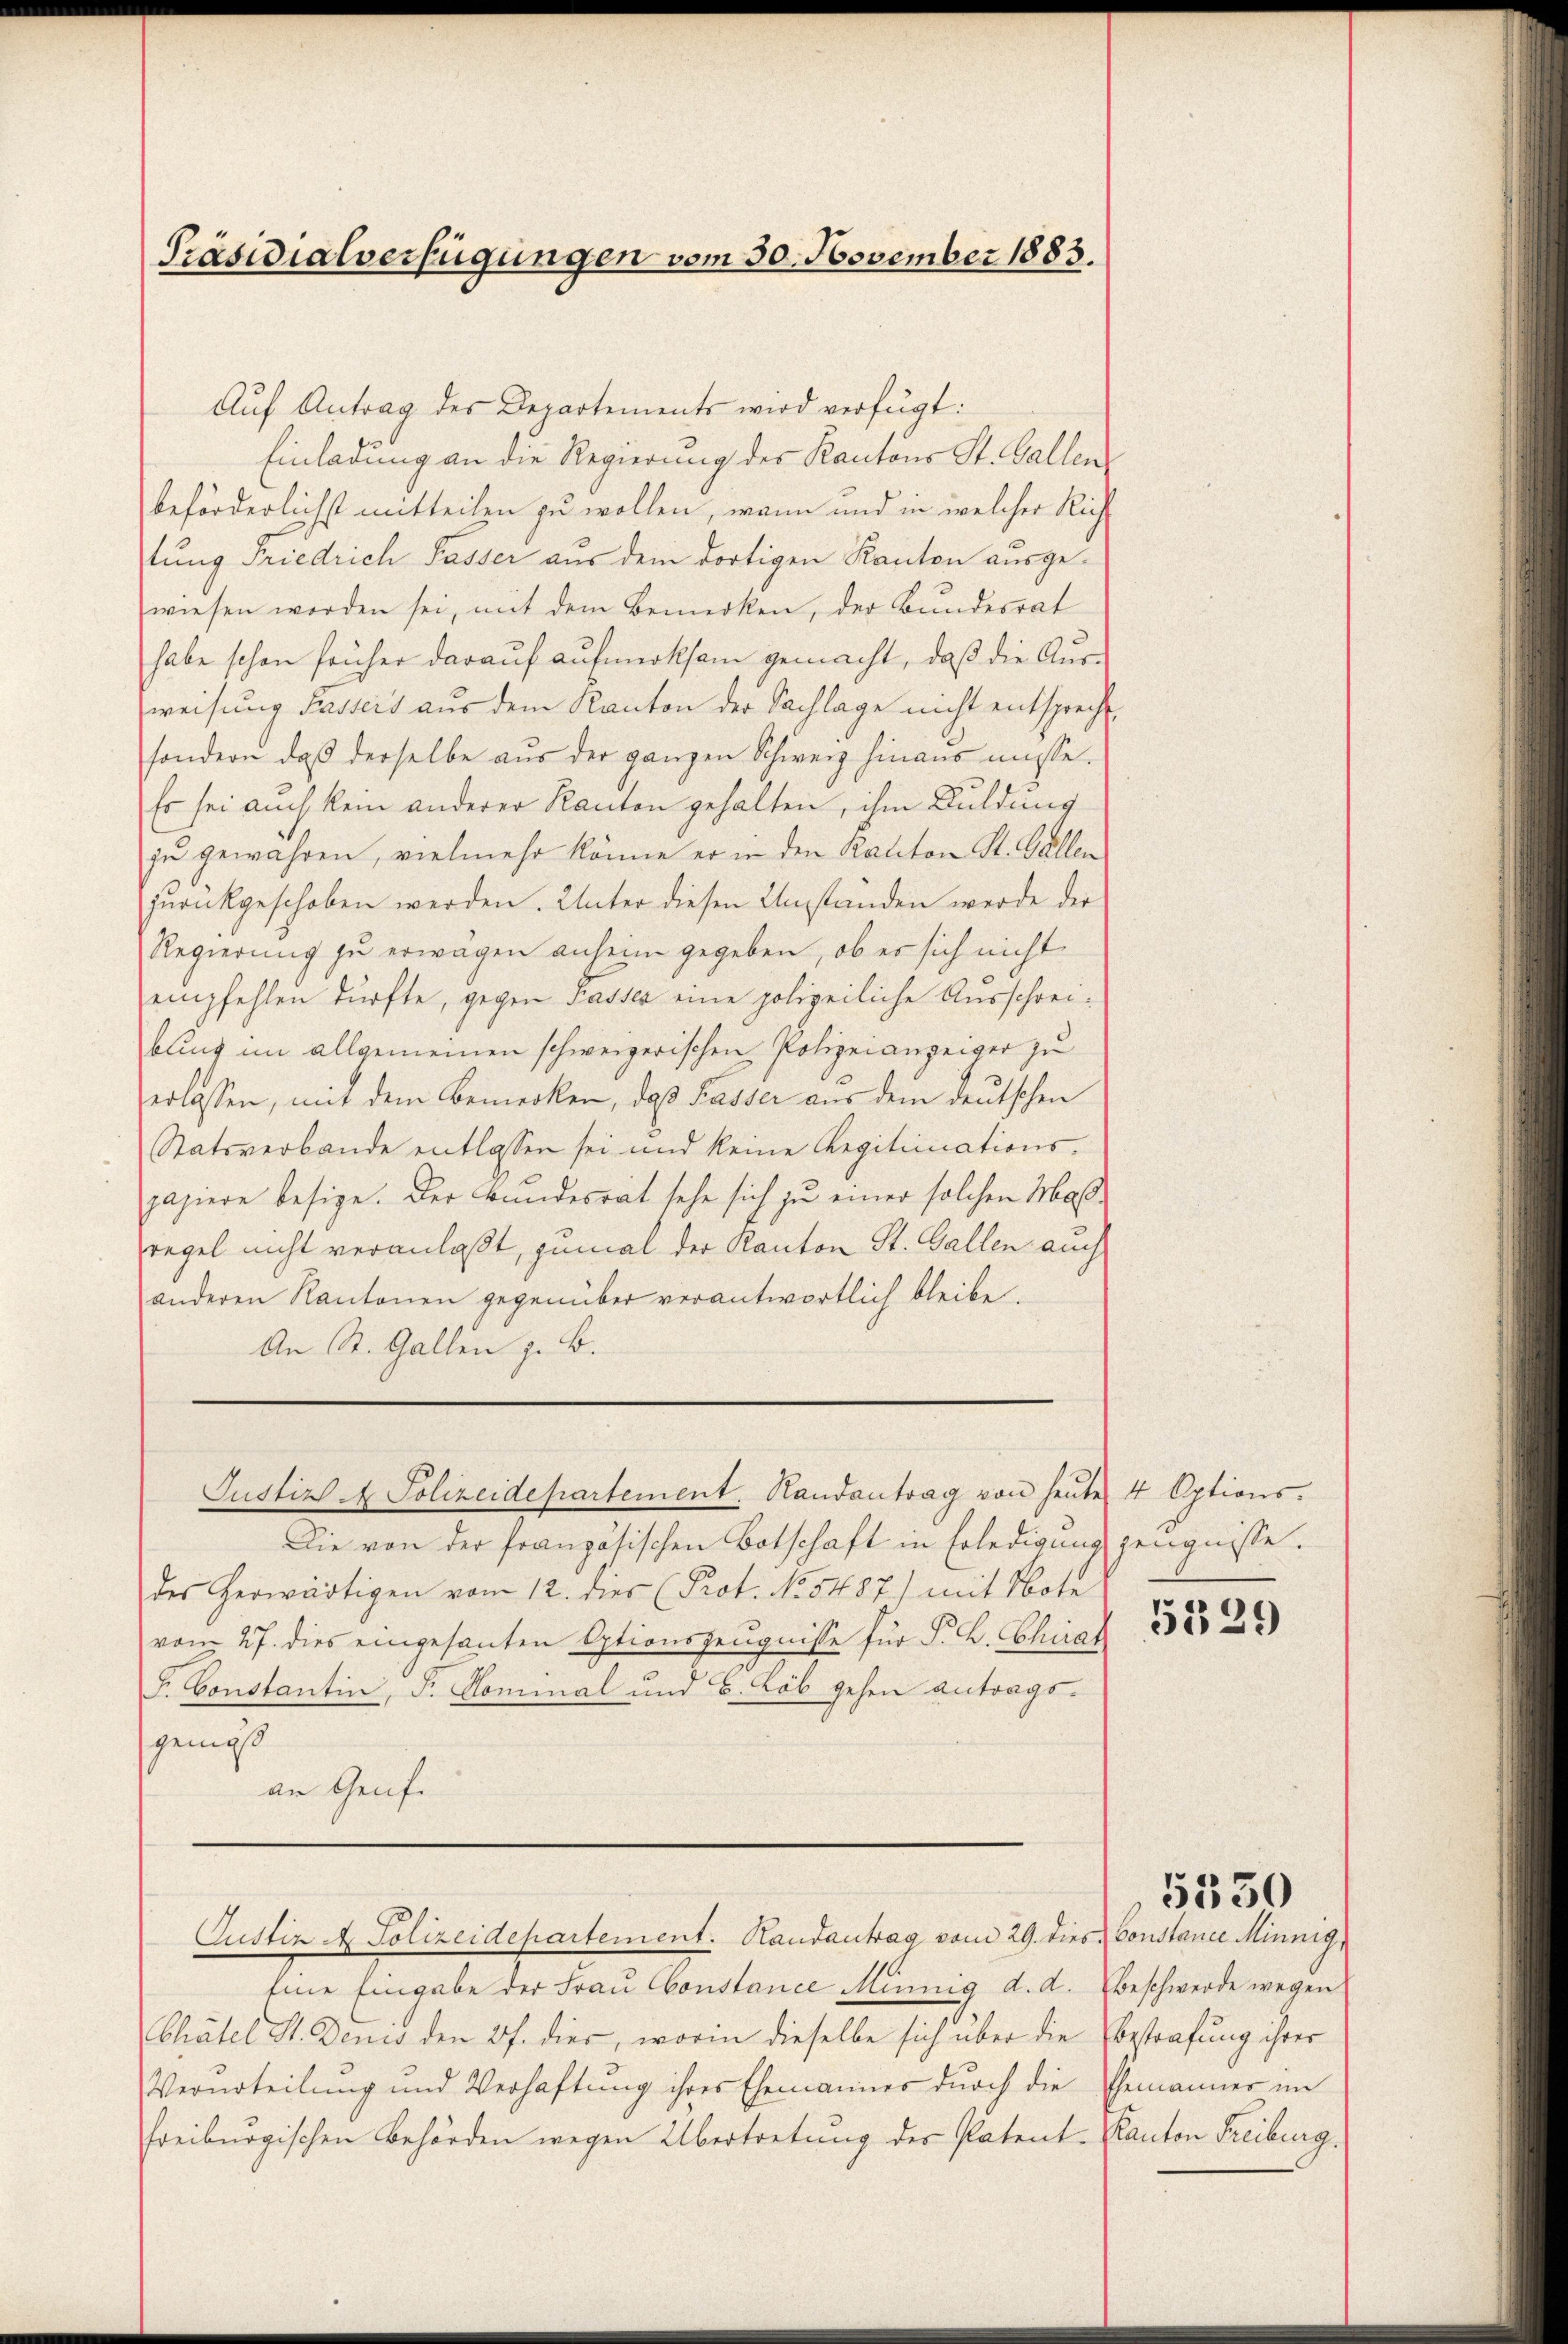
Präsidialverfügungen vom 30. November 1883.

Aŭf Antrag des Departements wird verfügt:
Einladung an die Regierung des Kantons St. Gallen
beförderlichst mitteilen zu wollen, wann und in welcher Rich
tung Friedrich Passer aus dem dortigen Kanton ausgewiesen worden sei, mit dem Bemerken, der Bundesrat
habe schon früher darauf aufmerksam gemacht, daß die Ausweisung Passers aus dem Kanton der Sachlage nicht entsprecht.
sondern, daß derselbe aus der ganzen Schweiz hinaus müsse.
Es sei auch kein anderer Kanton gehalten, ihm Duldung
zu gewahren, vielmehr könne er in den Kanton St. Gallen
zurückgeschoben werden. Unter diesen Umständen werde der
Regierung zu erwägen anheim gegeben, ob er sich nicht
empfehlen dürfte, gegen Passer eine polizeiliche Ausschreibung im allgemeinen schweizerischen Polizeianzeiger zu
erlassen, mit dem Bemerken, daß Passer aus dem deutschen
Statsverbande entlassen sei und keine Regitimations-
papiere besige. Der Bundesrat sehe sich zu einer solchen Maßregel nicht veranlaßt, zumal der Kanton St. Gallen auch
anderen Kantonen gegenüber verantwortlich bleibe.
An St. Gallen z. B.

Justiz - Polizeidepartement. Handantrag von heŭte 4 Options-

Die von der französischen Botschaft in Erledigung zeugnisse.
des herwärtigen vom 12. dies (Prot. No 5487) mit Note
vom 27. dies eingesanten Optionszeugnisse für P. C. Chirat
J. Constantin, F. Hominal und B. Löb gehen Antrags-
gemäß
an Genf.

Justiz & Polizeidepartement. Randantrag vom 29. dies Constance Minnig

Eine Eingabe der Frau Constance Minnig d. d. Beschwerde wegen
Chätel St. Denis den 27. dies, worin dieselbe sich über die
Verurteilung und Verhaftung ihres Ehemannes durch die Ehemänner im
freiburgischen Behörden wegen Übertretung der Patent-Kanton Freiburg.

5329

Bestrafung ihrer

5350